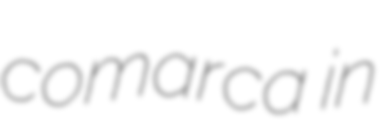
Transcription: comarca in